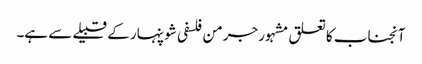
آنجناب کا تعلق مشہور جرمن فلسفی شوپنہار کے قبیلے سے ہے۔